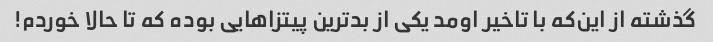
گذشته از این‌که با تاخیر اومد یکی از بدترین پیتزاهایی بوده که تا حالا خوردم!